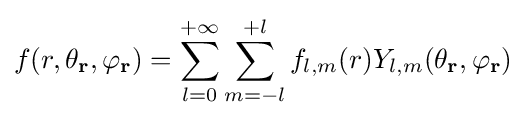
f(r,\theta _{\mathbf {r} },\varphi _{\mathbf {r} })=\sum _{l=0}^{+\infty }\sum _{m=-l}^{+l}f_{l,m}(r)Y_{l,m}(\theta _{\mathbf {r} },\varphi _{\mathbf {r} })